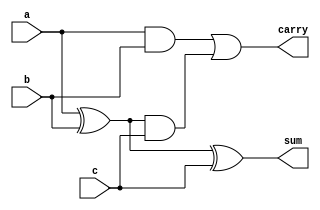
module full_adder (
    input a,b,c,
    output sum, carry
);

wire sum1, carry1, carry2;

assign sum1= a^b;
assign carry1= a&b;

assign sum= sum1^c;
assign carry2= sum1&c;

assign carry= carry1 | carry2;
    
endmodule